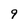
Character: 9